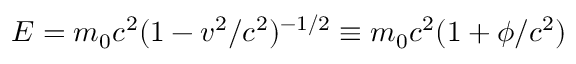
E = m _ { 0 } c ^ { 2 } ( 1 - v ^ { 2 } / c ^ { 2 } ) ^ { - 1 / 2 } \equiv m _ { 0 } c ^ { 2 } ( 1 + \phi / c ^ { 2 } )